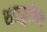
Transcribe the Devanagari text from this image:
शङकुण्णि